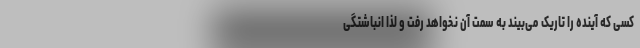
کسی که آینده را تاریک می‌بیند به سمت آن نخواهد رفت و لذا انباشتگی